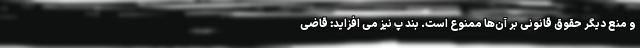
و منع دیگر حقوق قانونی بر آن‌ها ممنوع است. بند پ نیز می افزاید: قاضی